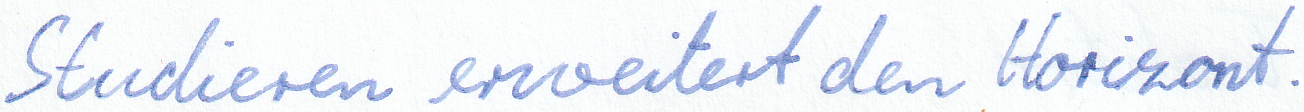
Studieren erweitert den Horizont.